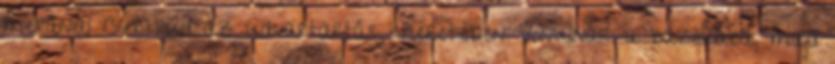
merániai Gertrúd az udvartartás kíséretében vonulnak a bazilikába, majd